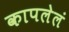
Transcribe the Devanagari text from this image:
कापलेलं